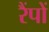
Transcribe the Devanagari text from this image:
रैंपों